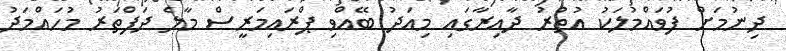
ދިނުމަށް ފުވައްމުލަކު އުތުރު ދާއިރާގައި މިއަދު ބޭއްވި ޕްރައިމަރީސް މާލެ ދަފްތަރު މުހައްމަދު